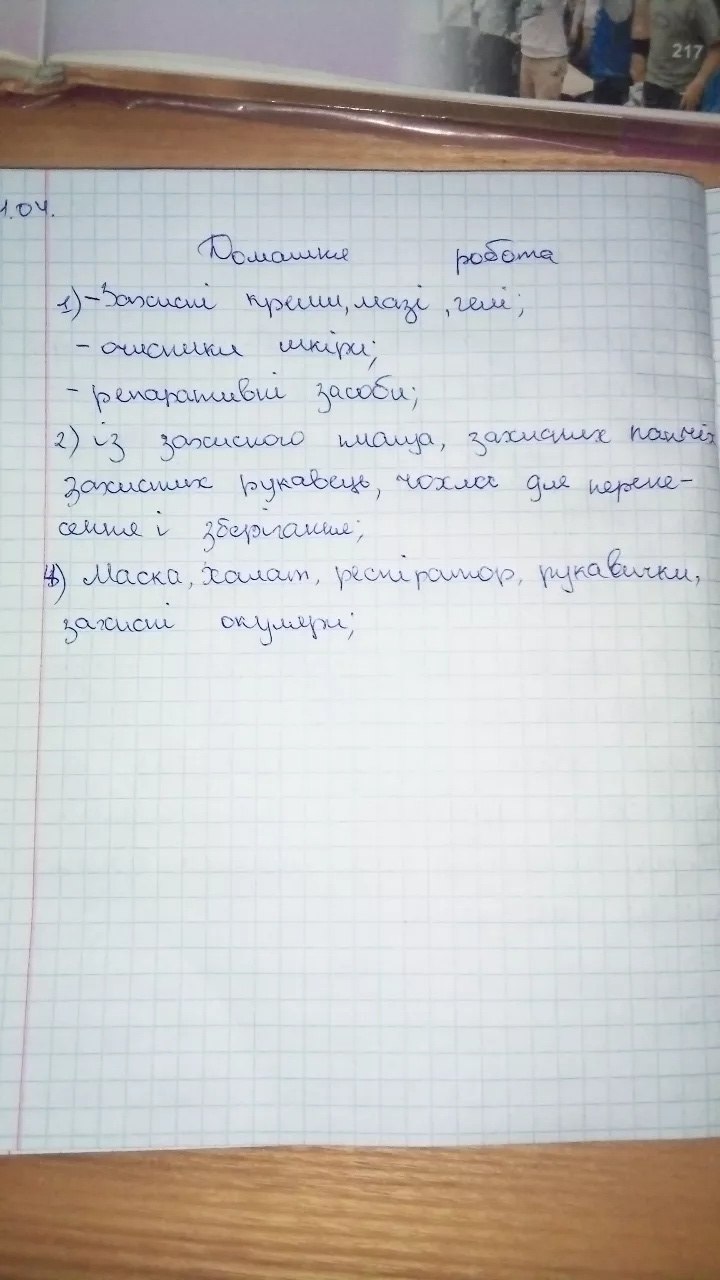
217
1.04.
Домашня робота
1) - Захисні креми, мазі, гелі;
- очисники шкіри;
- репаративні засоби;
2) із захисного плаща, захисних панчіх
захисних рукавець, чохла для перене-
сення і зберігання;
4) Маска, халат, респіратор, рукавички,
захисні окуляри;